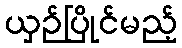
ယှဉ်ပြိုင်မည့်